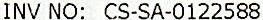
INV NO: CS-SA-0122588